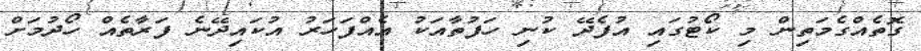
ގޮތެއްގެމަތިން މި ކޯޓުގައި އުފެދޭ ކުނި ހަފުތާއަކު އެއްފަހަރު އުކައިދޭނެ ފަރާތެއް ހޯދުމަށް